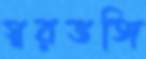
স্বরভঙ্গি